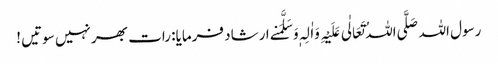
رسول اللہ صَلَّی اللہُ تَعَالٰی عَلَیْہِ وَاٰلِہٖ وَسَلَّمَنے ارشاد فرمایا: رات بھر نہیں سوتیں !